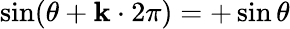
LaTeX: \sin(\theta+\mathbf{k}\cdot2\pi)=+\sin\theta